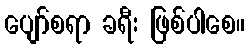
ပျော်စရာ ခရီး ဖြစ်ပါစေ။